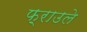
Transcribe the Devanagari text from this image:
फ़्राउले